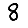
Digit: 8